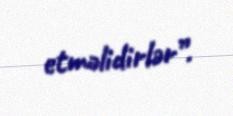
etməlidirlər”.